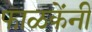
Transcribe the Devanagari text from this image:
फाळकेंनी